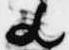
歟